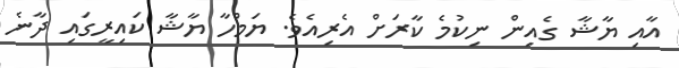
އާއި ޔާޝާ ގެއިން ނިކުމެ ކާރަށް އެރިއެވެ. ޔަމްހާ ޔާޝާ ކައިރީގައި ދާނެ